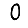
Digit: 0